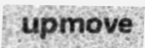
upmove